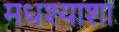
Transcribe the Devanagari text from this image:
मधश्याशा